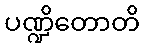
ပဏ္ဍိတောတိ